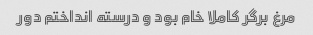
مرغ برگر کاملا خام بود و درسته انداختم دور